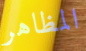
المظاهر